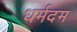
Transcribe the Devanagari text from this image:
धर्मदम